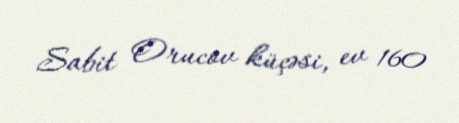
Sabit Orucov küçəsi, ev 160